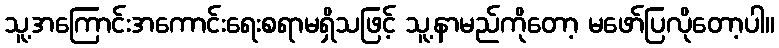
သူ့အကြောင်းအကောင်းရေးစရာမရှိသဖြင့် သူ့နာမည်ကိုတော့ မဖော်ပြလိုတော့ပါ။